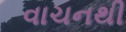
વાચનથી